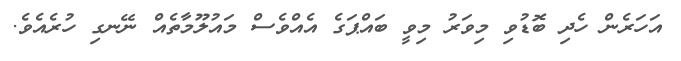
އަހަރެން ހެދި ބޮޑުވި މިވަރު މިވީ ބައްޕަގެ އެއްވެސް މައުލޫމާތެއް ނޭނގި ހުރެއެވެ.